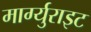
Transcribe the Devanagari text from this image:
मार्ग्युराइट